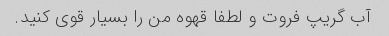
آب گریپ فروت و لطفا قهوه من را بسیار قوی کنید.